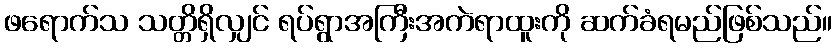
ဖရောက်သ သတ္တိရှိလျှင် ရပ်ရွာအကြီးအကဲရာထူးကို ဆက်ခံရမည်ဖြစ်သည်။